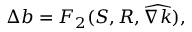
\Delta \boldsymbol { b } = \boldsymbol { F _ { 2 } } ( \boldsymbol { S } , \boldsymbol { R } , \widehat { \nabla k } ) ,